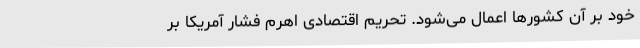
خود بر آن کشورها اعمال می‌شود. تحریم اقتصادی اهرم فشار آمریکا بر